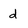
Character: d